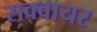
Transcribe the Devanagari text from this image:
सक्वायर